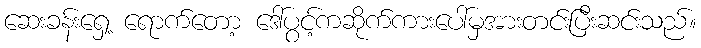
ဆေးခန်းရှေ့ ရောက်တော့ ဒေါ်ပွင့်ကဆိုက်ကားပေါ်မှအားတင်းပြီးဆင်းသည်။